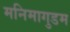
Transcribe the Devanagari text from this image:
मनिमागुडम